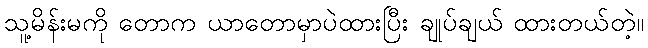
သူ့မိန်းမကို တောက ယာတောမှာပဲထားပြီး ချုပ်ချယ် ထားတယ်တဲ့။